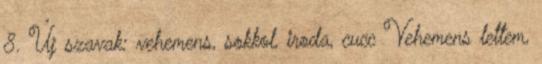
8. Új szavak: vehemens, sokkol, iroda, cucc Vehemens lettem,